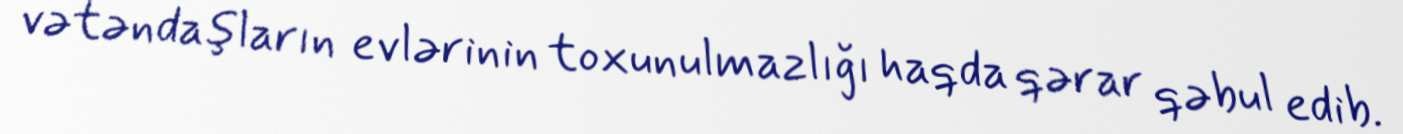
vətəndaşların evlərinin toxunulmazlığı haqda qərar qəbul edib.